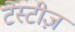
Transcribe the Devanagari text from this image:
टेस्टीज़